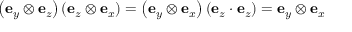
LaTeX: \left( \mathbf { e } _ { y } \otimes \mathbf { e } _ { z } \right) \left( \mathbf { e } _ { z } \otimes \mathbf { e } _ { x } \right) = \left( \mathbf { e } _ { y } \otimes \mathbf { e } _ { x } \right) \left( \mathbf { e } _ { z } \cdot \mathbf { e } _ { z } \right) = \mathbf { e } _ { y } \otimes \mathbf { e } _ { x }